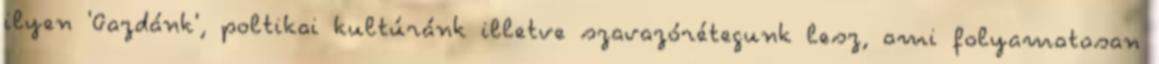
ilyen 'Gazdánk', poltikai kultúránk illetve szavazórétegunk lesz, ami folyamatosan